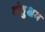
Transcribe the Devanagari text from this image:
तंतुक्षम